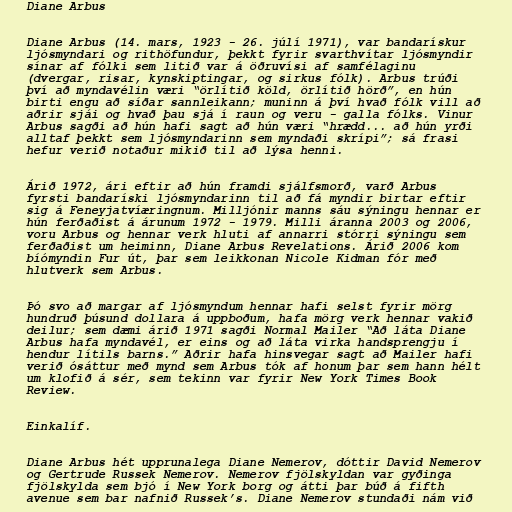
Diane Arbus

Diane Arbus (14. mars, 1923 - 26. júlí 1971), var bandarískur
ljósmyndari og rithöfundur, þekkt fyrir svarthvítar ljósmyndir
sínar af fólki sem litið var á öðruvísi af samfélaginu
(dvergar, risar, kynskiptingar, og sirkus fólk). Arbus trúði
því að myndavélin væri “örlítið köld, örlítið hörð”, en hún
birti engu að síðar sannleikann; muninn á því hvað fólk vill að
aðrir sjái og hvað þau sjá í raun og veru - galla fólks. Vinur
Arbus sagði að hún hafi sagt að hún væri “hrædd... að hún yrði
alltaf þekkt sem ljósmyndarinn sem myndaði skrípi”; sá frasi
hefur verið notaður mikið til að lýsa henni.

Árið 1972, ári eftir að hún framdi sjálfsmorð, varð Arbus
fyrsti bandaríski ljósmyndarinn til að fá myndir birtar eftir
sig á Feneyjatvíæringnum. Milljónir manns sáu sýningu hennar er
hún ferðaðist á árunum 1972 - 1979. Milli áranna 2003 og 2006,
voru Arbus og hennar verk hluti af annarri stórri sýningu sem
ferðaðist um heiminn, Diane Arbus Revelations. Árið 2006 kom
bíómyndin Fur út, þar sem leikkonan Nicole Kidman fór með
hlutverk sem Arbus.

Þó svo að margar af ljósmyndum hennar hafi selst fyrir mörg
hundruð þúsund dollara á uppboðum, hafa mörg verk hennar vakið
deilur; sem dæmi árið 1971 sagði Normal Mailer “Að láta Diane
Arbus hafa myndavél, er eins og að láta virka handsprengju í
hendur lítils barns.” Aðrir hafa hinsvegar sagt að Mailer hafi
verið ósáttur með mynd sem Arbus tók af honum þar sem hann hélt
um klofið á sér, sem tekinn var fyrir New York Times Book
Review.

Einkalíf.

Diane Arbus hét upprunalega Diane Nemerov, dóttir David Nemerov
og Gertrude Russek Nemerov. Nemerov fjölskyldan var gyðinga
fjölskylda sem bjó í New York borg og átti þar búð á fifth
avenue sem bar nafnið Russek’s. Diane Nemerov stundaði nám við